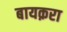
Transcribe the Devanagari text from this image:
बायक़रा